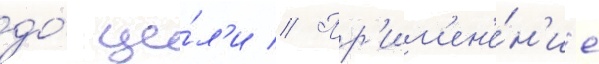
до́ це́л'и // Пр'им'ен'е́н'ие